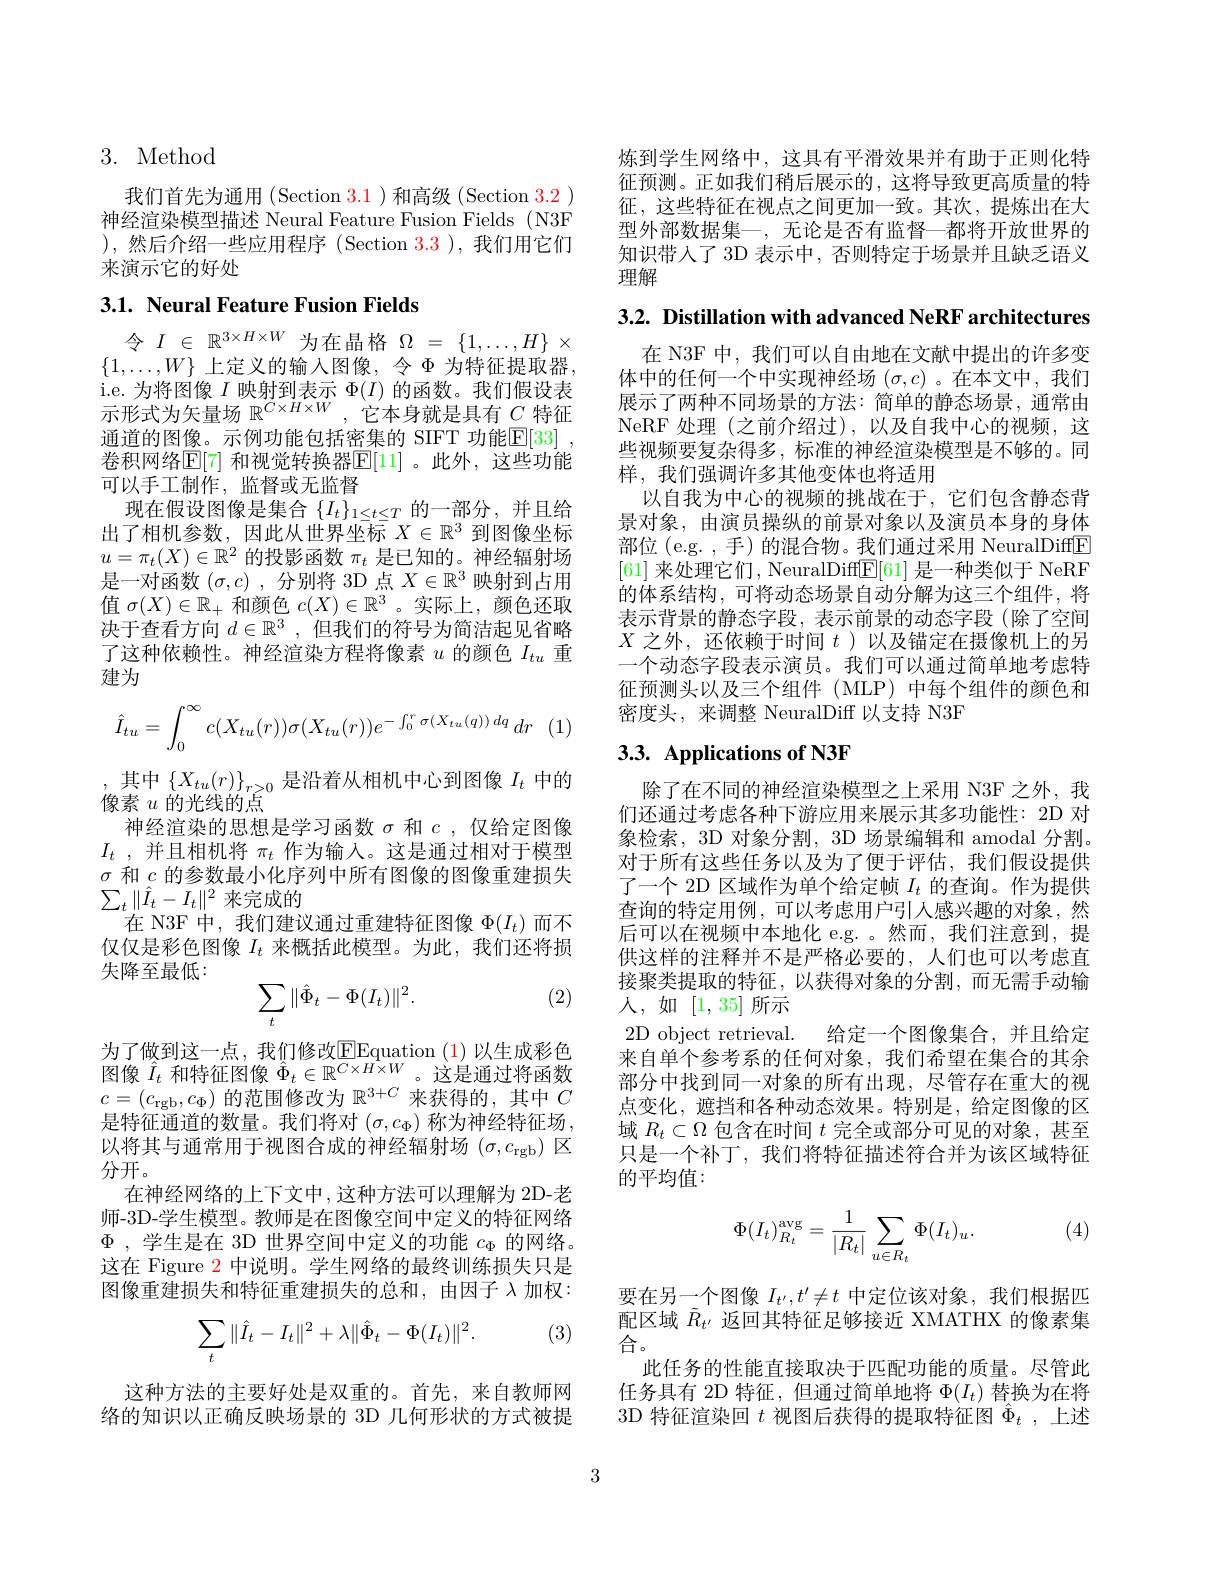
## 3. Method

我们首先为通用(Section 3.1)和高级(Section 3.2) 神经渲染模型描述 Neural Feature Fusion Fields (N3F ),然后介绍一些应用程序(Section 3.3),我们用它们来演示它的好处

## 3.1. Neural Feature Fusion Fields

令$I\in\mathbb{R}^{3\times H\times W}$为在晶格$\Omega=\{1,\ldots,H\}\times$ $\{1,\ldots,W\}$ 上定义的输入图像，令$\Phi$ 为特征提取器， i. e. 为 将 图 像 $I$ 映 射 到 表 示 $\Phi ( I)$ 的 函 数 。我 们 假 设 表 示 形 式 为 矢 量 场 $\mathbb{R} ^{C\times H\times W}$,它 本 身 就 是 具 有 $C$ 特 征通道的图像。示例功能包括密集的 SIFT 功能$\mathbb{E} [ 33]$ , 卷积网络$\mathbb{E}[$7] 和视觉转换器$\mathbb{E}[$11]。此外，这些功能可以手工制作，监督或无监督
现在假设图像是集合$\{I_t\}_{1\leq t\leq T}$的一部分，并且给出了相机参数，因此从世界坐标$\bar{X}\in\mathbb{R}^3$到图像坐标$u=\pi_t(X)\in\mathbb{R}^2$的投影函数$\pi_t$是已知的。神经辐射场是一对函数$(\sigma,c)$ ,分别将 3D 点$X\in\mathbb{R}^3$映射到占用值$\sigma(X)\in\mathbb{R}_+$和颜色$c(X)\in\mathbb{R}^3$ 。实际上，颜色还取决于查看方向$d\in\mathbb{R}^3$,但我们的符号为简洁起见省略了这种依赖性。神经渲染方程将像素$u$的颜色$I_{tu}$重建为
$$\hat{I}_{tu}=\int_0^\infty c(X_{tu}(r))\sigma(X_{tu}(r))e^{-\int_0^r\sigma(X_{tu}(q))\:dq}\:dr$$
其中$\left\{X_{tu}(r)\right\}_{r\geq0}$是沿着从相机中心到图像$I_t$中的
像素$u$的光线的点
神经渲染的思想是学习函数$\sigma$和$c$,仅给定图像$I_t$ , 并且相机将 $\pi_t$ 作为输入。这是通过相对于模型$\sigma$和$c$的参数最小化序列中所有图像的图像重建损失$\sum_t\|\hat{I}_t-I_t\|^2$来完成的
在 N3F 中，我们建议通过重建特征图像$\Phi(I_t)$而不仅仅是彩色图像$I_t$来概括此模型。为此，我们还将损失降至最低：
(2)
$$\sum_t\|\hat{\Phi}_t-\Phi(I_t)\|^2.$$
为了做到这一点，我们修改EEquation ( 1) 以生成彩色图像$\hat{I}_t$和特征图像$\hat{\Phi}_t\in\mathbb{R}^{C\times H\times W}$。这是通过将函数$c=(c_{\mathrm{rgb}},c_{\Phi})$的范围修改为$\mathbb{R}^3+C$来获得的，其中$C$ 是特征通道的数量。我们将对$(\sigma,c_\Phi)$称为神经特征场， 以将其与通常用于视图合成的神经辐射场$(\sigma,c_\mathrm{rgb})$区分开。
在神经网络的上下文中，这种方法可以理解为 2D-老师-3D-学生模型。教师是在图像空间中定义的特征网络$\Phi$ ,学生是在 3D 世界空间中定义的功能$c_\Phi$的网络。这在 Figure 2 中说明。学生网络的最终训练损失只是图像重建损失和特征重建损失的总和，由因子$\lambda$加权：
$$\sum_t\|\hat{I}_t-I_t\|^2+\lambda\|\hat{\Phi}_t-\Phi(I_t)\|^2.$$
(3)

这种方法的主要好处是双重的。首先，来自教师网络的知识以正确反映场景的 3D 几何形状的方式被提

炼到学生网络中，这具有平滑效果并有助于正则化特征预测。正如我们稍后展示的，这将导致更高质量的特征，这些特征在视点之间更加一致。其次，提炼出在大型外部数据集一，无论是否有监督一都将开放世界的知识带人了 3D 表示中，否则特定于场景并且缺乏语义理解

3.2. Distillation with advanced NeRF architectures

在 N3F 中，我们可以自由地在文献中提出的许多变体中的任何一个中实现神经场$(\sigma,c)$ 。在本文中，我们展示了两种不同场景的方法：简单的静态场景，通常由NeRF 处理(之前介绍过),以及自我中心的视频，这些视频要复杂得多，标准的神经渲染模型是不够的。同样，我们强调许多其他变体也将适用
以自我为中心的视频的挑战在于，它们包含静态背景对象，由演员操纵的前景对象以及演员本身的身体部位 (e.g. , 手)的混合物。我们通过采用 NeuralDiffE [61]来处理它们，NeuralDiff$\underline{\mathrm{E}}[61]$是一种类似于 NeRF 的体系结构，可将动态场景自动分解为这三个组件，将表示背景的静态字段，表示前景的动态字段(除了空间$X$之外，还依赖于时间$t$ )以及锚定在摄像机上的另一个动态字段表示演员。我们可以通过简单地考虑特征预测头以及三个组件(MLP)中每个组件的颜色和密度头，来调整 NeuralDiff 以支持 N3F

## $3. 3. \textbf{ Applications of N3F}$

除了在不同的神经渲染模型之上采用 N3F 之外，我们还通过考虑各种下游应用来展示其多功能性：2D 对象检索，3D 对象分割，3D 场景编辑和 amodal 分割。对于所有这些任务以及为了便于评估，我们假设提供了一个 2D 区域作为单个给定帧$I_t$的查询。作为提供查询的特定用例，可以考虑用户引人感兴趣的对象，然后可以在视频中本地化 e.g. 。然而，我们注意到，提供这样的注释并不是严格必要的，人们也可以考虑直接聚类提取的特征，以获得对象的分割，而无需手动输人，如[1,35]所示
2D object retrieval. 给定一个图像集合，并且给定来自单个参考系的任何对象，我们希望在集合的其余部分中找到同一对象的所有出现，尽管存在重大的视点变化，遮挡和各种动态效果。特别是，给定图像的区域$R_t\subset\Omega$包含在时间$t$完全或部分可见的对象，甚至只是一个补丁，我们将特征描述符合并为该区域特征的平均值：

(4)
$$\Phi(I_t)_{R_t}^{\mathrm{avg}}=\frac{1}{|R_t|}\sum_{u\in R_t}\Phi(I_t)_u.$$
要在另一个图像$I_t^{\prime},t^{\prime}\neq t$中定位该对象，我们根据匹配区域$\tilde{R}_{t^{\prime}}$返回其特征足够接近 XMATHX 的像素集合。
此任务的性能直接取决于匹配功能的质量。尽管此任务具有 2D 特征，但通过简单地将$\Phi(I_t)$替换为在将3D 特征渲染回$t$视图后获得的提取特征图$\hat{\Phi}_t$,上述

3